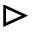
\vartriangleright